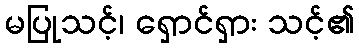
မပြုသင့်၊ ရှောင်ရှား သင့်၏